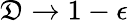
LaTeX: \mathfrak{D}\to1-\epsilon